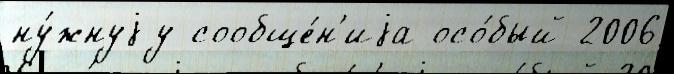
ну́жнуjу сообще́н'иjа осо́бый 2006